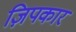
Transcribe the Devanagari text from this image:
ज़िपकार